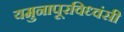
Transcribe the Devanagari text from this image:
यमुनापूरविध्वंसी